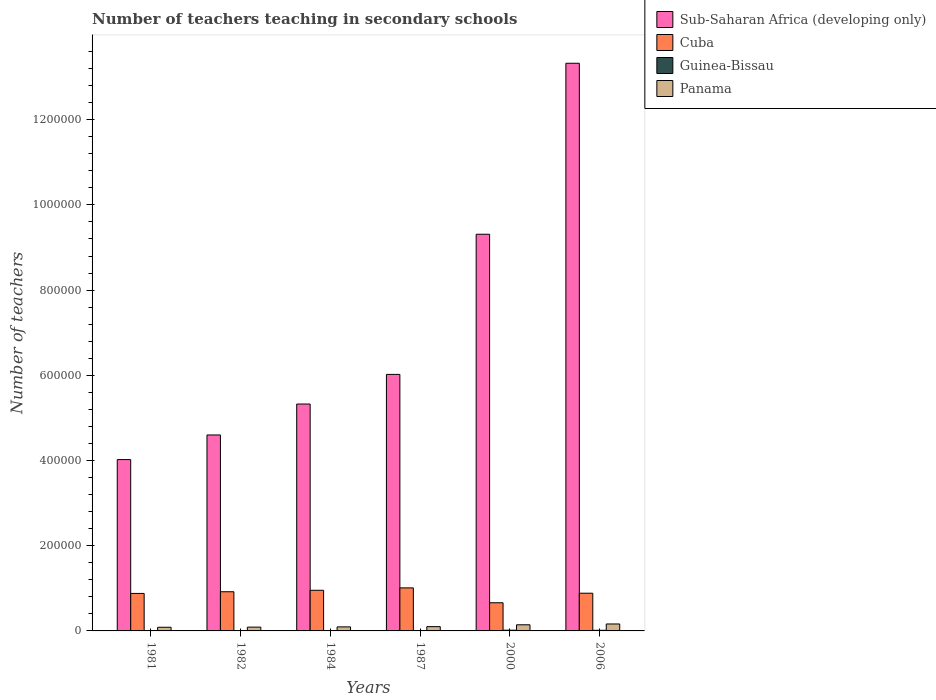
| Years | Sub-Saharan Africa (developing only) | Cuba | Guinea-Bissau | Panama |
 | --- | --- | --- | --- | --- |
 | 1981 | 4.02e+05 | 8.8e+04 | 462 | 8.61e+03 |
 | 1982 | 4.6e+05 | 9.2e+04 | 465 | 8.92e+03 |
 | 1984 | 5.33e+05 | 9.54e+04 | 795 | 9.49e+03 |
 | 1987 | 6.02e+05 | 1.01e+05 | 764 | 1.01e+04 |
 | 2000 | 9.31e+05 | 6.61e+04 | 1.72e+03 | 1.44e+04 |
 | 2006 | 1.33e+06 | 8.85e+04 | 1.48e+03 | 1.63e+04 |